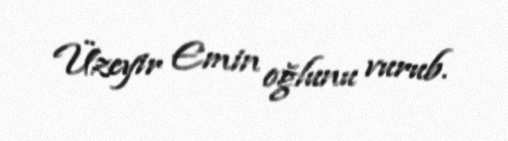
Üzeyir Emin oğlunu vurub.